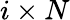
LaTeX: i\times N